65_HS1-834228961_62-HQ-83894_Section_5
Agency: FBI
Page 173
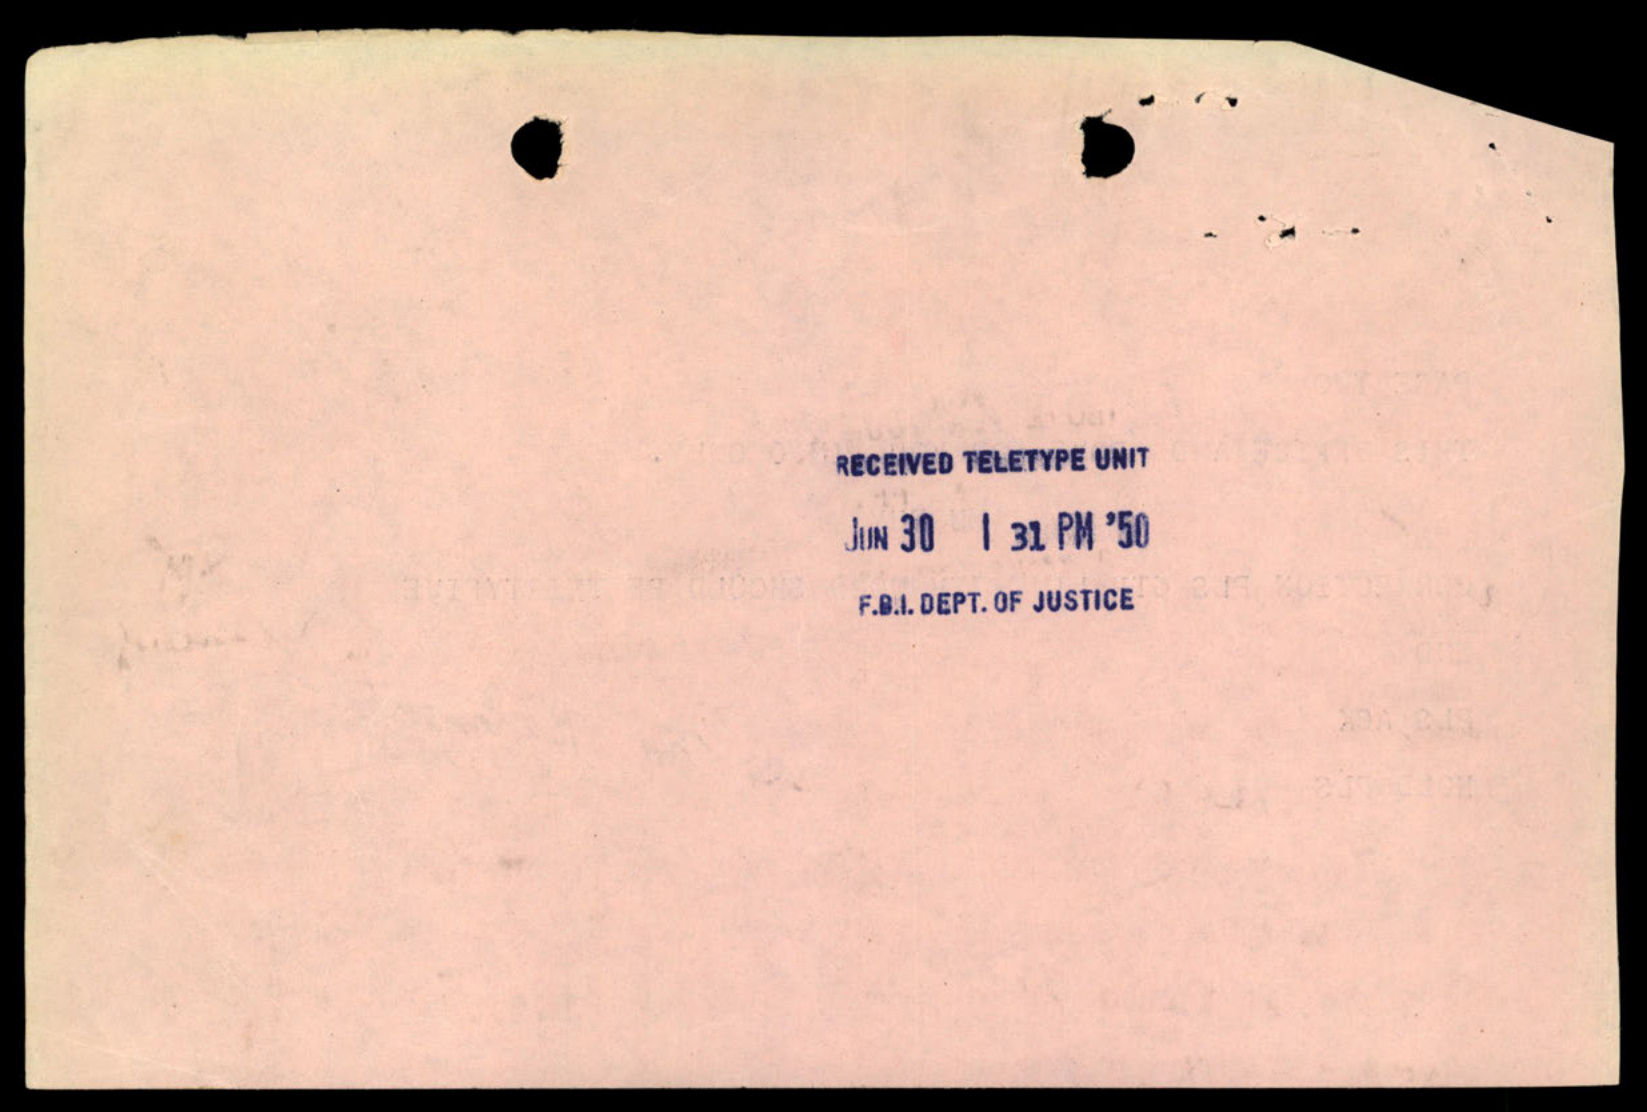